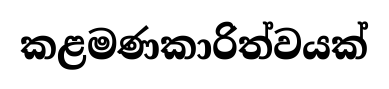
කළමණකාරිත්වයක්